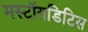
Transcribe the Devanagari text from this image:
मस्टॉयडिटिस